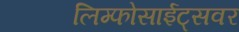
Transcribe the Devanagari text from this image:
लिम्फोसाईट्सवर